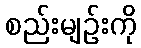
စည်းမျဉ်းကို